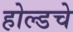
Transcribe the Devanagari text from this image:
होल्डचे